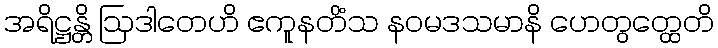
အရိဋ္ဌန္တိ ဩဒါတေဟိ ဧကူနတိံသ နဝမဒသမာနိ ဟေတွတ္ထေတိ